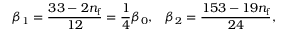
\beta _ { 1 } = \frac { 3 3 - 2 n _ { \mathrm { f } } } { 1 2 } = \frac { 1 } { 4 } \beta _ { 0 } , \; \; \; \beta _ { 2 } = \frac { 1 5 3 - 1 9 n _ { \mathrm { f } } } { 2 4 } ,